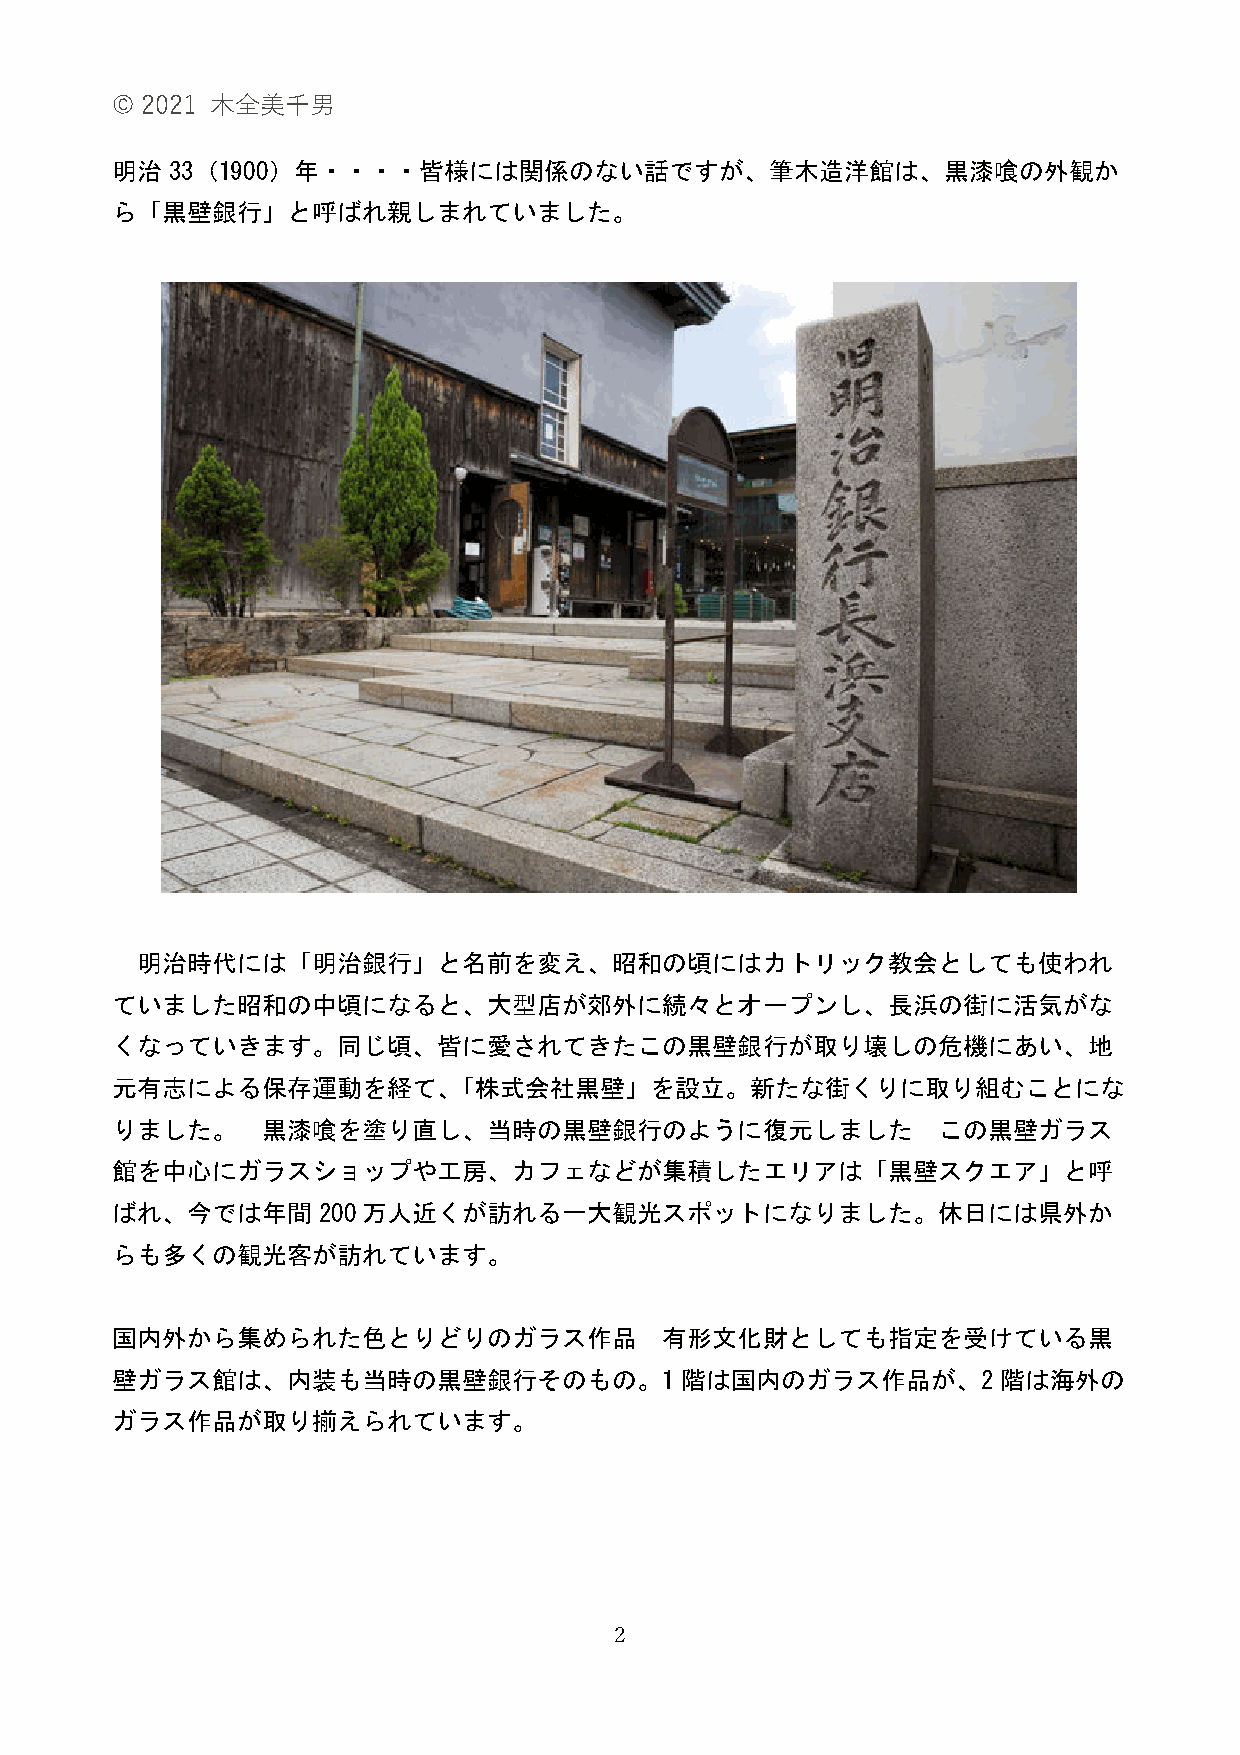
© 2021 ⽊全美千男
 明治33（1900）年・・・・皆様には関係のない話ですが、筆木造洋館は、黒漆喰の外観か
 ら「黒壁銀行」と呼ばれ親しまれていました。
 明治時代には「明治銀行」と名前を変え、昭和の頃にはカトリック教会としても使われ
 ていました昭和の中頃になると、大型店が郊外に続々とオープンし、長浜の街に活気がな
 くなっていきます。同じ頃、皆に愛されてきたこの黒壁銀行が取り壊しの危機にあい、地
 元有志による保存運動を経て、「株式会社黒壁」を設立。新たな街くりに取り組むことにな
 りました。     黒漆喰を塗り直し、当時の黒壁銀行のように復元しました                   この黒壁ガラス
 館を中心にガラスショップや工房、カフェなどが集積したエリアは「黒壁スクエア」と呼
 ばれ、今では年間200万人近くが訪れる一大観光スポットになりました。休日には県外か
 らも多くの観光客が訪れています。
 国内外から集められた色とりどりのガラス作品                有形文化財としても指定を受けている黒
 壁ガラス館は、内装も当時の黒壁銀行そのもの。1階は国内のガラス作品が、2階は海外の
 ガラス作品が取り揃えられています。
 2